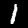
Label: 1